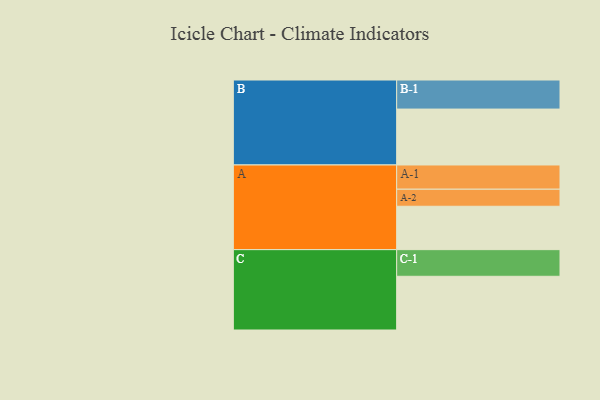
{"axis": {"x": "Segment", "y": "Value"}, "legend": ["", "A", "B", "C"], "data": [{"x": "A", "y": 412, "type": ""}, {"x": "B", "y": 531, "type": ""}, {"x": "C", "y": 510, "type": ""}, {"x": "A-1", "y": 230, "type": "A"}, {"x": "A-2", "y": 162, "type": "A"}, {"x": "B-1", "y": 276, "type": "B"}, {"x": "C-1", "y": 253, "type": "C"}]}